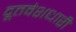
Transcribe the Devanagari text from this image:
दूतवेशधारी